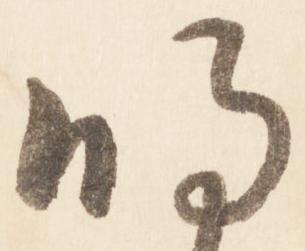
明